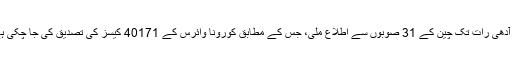
چین کے قومی صحت کمیشن کے مطابق 9 فروری کی آدھی رات تک چین کے 31 صوبوں سے اطلاع ملی، جس کے مطابق کورونا وائرس کے 40171 کیسز کی تصدیق کی جا چکی ہے جس سے 6500 افراد کی حالت نازک بنی ہوئی ہے۔